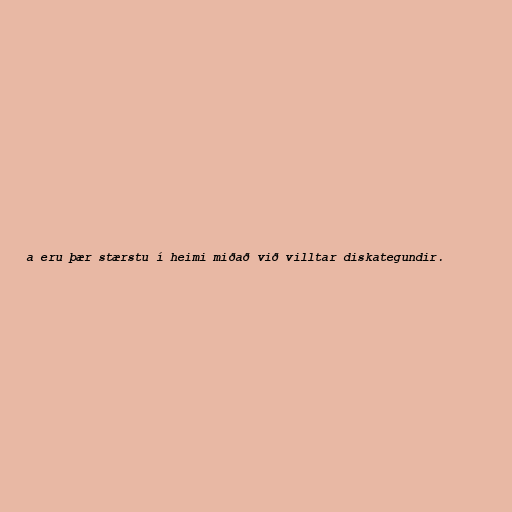
a eru þær stærstu í heimi miðað við villtar diskategundir.